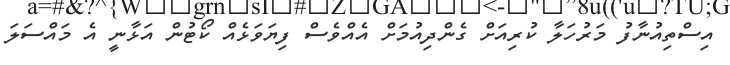
އިސްތިއުނާފު މަރުހަލާ ކުރިއަށް ގެންދިއުމަށް އެއްވެސް ފިޔަވަޅެއް ކޯޓުން އަޅާނީ އެ މައްސަލަ